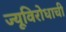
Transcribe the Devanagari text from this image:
ज्यूविरोधाची